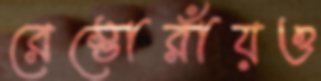
রেস্তোরাঁয়ও